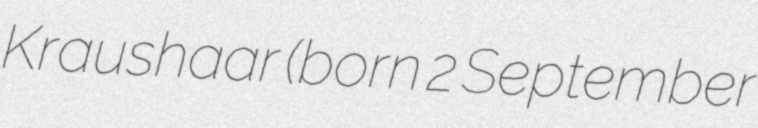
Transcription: Kraushaar (born 2 September